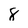
Character: 8